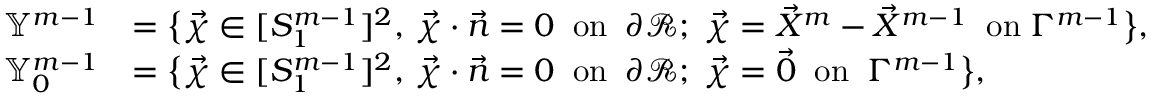
\begin{array} { r l } { \mathbb { Y } ^ { m - 1 } } & { = \bigl \{ \vec { \chi } \in [ S _ { 1 } ^ { m - 1 } ] ^ { 2 } , \, \vec { \chi } \cdot \vec { n } = 0 \; \; \mathrm { o n } \; \; \partial \mathscr { R } ; \; \vec { \chi } = \vec { X } ^ { m } - \vec { X } ^ { m - 1 } \; \; \mathrm { o n } \; \Gamma ^ { m - 1 } \bigr \} , } \\ { \mathbb { Y } _ { 0 } ^ { m - 1 } } & { = \bigl \{ \vec { \chi } \in [ S _ { 1 } ^ { m - 1 } ] ^ { 2 } , \, \vec { \chi } \cdot \vec { n } = 0 \; \; \mathrm { o n } \; \; \partial \mathscr { R } ; \; \vec { \chi } = \vec { 0 } \; \; \mathrm { o n } \; \; \Gamma ^ { m - 1 } \bigr \} , } \end{array}